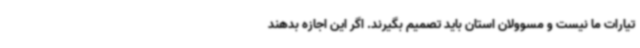
تیارات ما نیست و مسوولان استان باید تصمیم بگیرند. اگر این اجازه بدهند